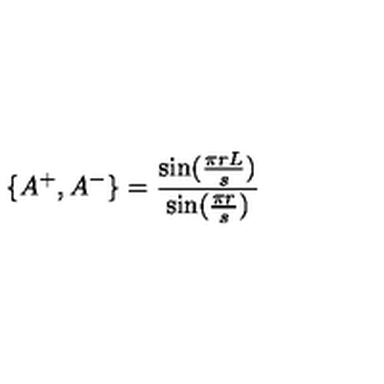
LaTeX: \{ A ^ { + } , A ^ { - } \} = \frac { \sin ( \frac { \pi r L } { s } ) } { \sin ( \frac { \pi r } { s } ) }